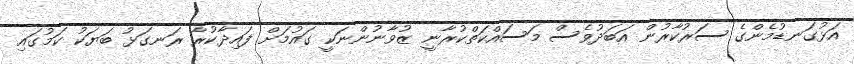
އަޅުގަނޑުމެންގެ ސަރުކާރުން އަބަދުވެސް މަސައްކަތްކުރާނީ ޒުވާނުންނަކީ ގައުމަށް ފައިދާކުރާ ރަނގަޅު ބަޔަކު ކަމުގައި